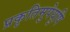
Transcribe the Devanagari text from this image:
प्रकृतिमुपेयुषि